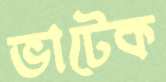
ভাটেক